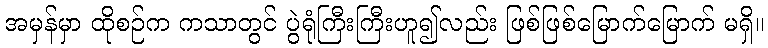
အမှန်မှာ ထိုစဉ်က ကသာတွင် ပွဲရုံကြီးကြီးဟူ၍လည်း ဖြစ်ဖြစ်မြောက်မြောက် မရှိ။